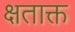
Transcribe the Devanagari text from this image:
क्षताक्त